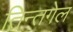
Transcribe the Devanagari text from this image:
तिन्तगेल